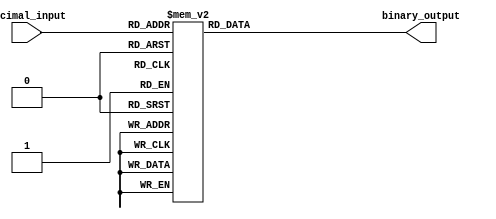
module DecimalToBinaryEncoder (
    input [3:0] decimal_input,  // 4-bit decimal input (0 to 9)
    output reg [3:0] binary_output // 4-bit binary output
);

    always @(*) begin
        case (decimal_input)
            4'b0000: binary_output = 4'b0000; // 0
            4'b0001: binary_output = 4'b0001; // 1
            4'b0010: binary_output = 4'b0010; // 2
            4'b0011: binary_output = 4'b0011; // 3
            4'b0100: binary_output = 4'b0100; // 4
            4'b0101: binary_output = 4'b0101; // 5
            4'b0110: binary_output = 4'b0110; // 6
            4'b0111: binary_output = 4'b0111; // 7
            4'b1000: binary_output = 4'b1000; // 8
            4'b1001: binary_output = 4'b1001; // 9
            default: binary_output = 4'b0000; // Invalid input
        endcase
    end

endmodule